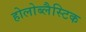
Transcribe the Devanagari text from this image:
होलोब्लैस्टिक